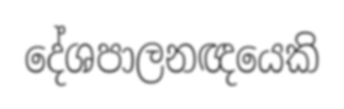
දේශපාලනඥයෙකි